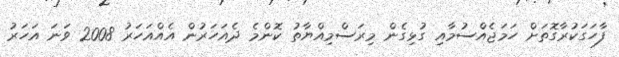
ފާހަގަކުރާގޮތަށް ހަމަޖެއްސުމާއި ގުޅިގެން މިރަސްމިއްޔާތު ކޮންމެ ދެއަހަރުން އެއްއަހަރު 2008 ވަނަ އަހަރު